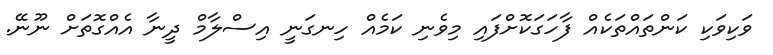
ވަކިވަކި ކަންތައްތަކެއް ފާހަގަކޮށްފައި މިވެނި ކަމެއް ހިނގަނީ އިސްލާމް ދީނާ އެއްގޮތަށް ނޫނޭ.